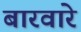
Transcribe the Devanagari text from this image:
बारवारे